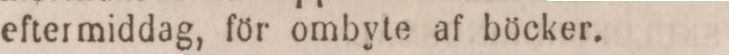
eftermiddag, för ombyte af böcker.